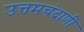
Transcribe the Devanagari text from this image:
उत्तमचंदाणी